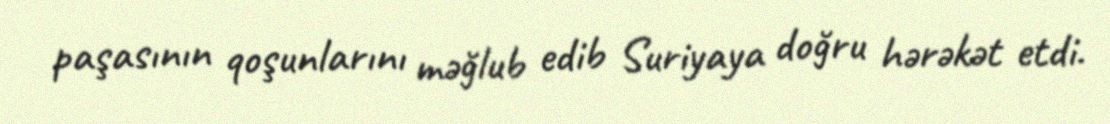
paşasının qoşunlarını məğlub edib Suriyaya doğru hərəkət etdi.